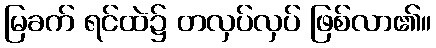
မြခက် ရင်ထဲ၌ တလှပ်လှပ် ဖြစ်လာ၏။